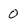
Character: 0